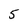
Character: 5